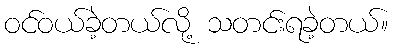
ဝင်ဝယ်ခဲ့တယ်လို့ သတင်းရခဲ့တယ်။